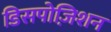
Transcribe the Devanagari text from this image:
डिसपोज़िशन